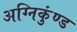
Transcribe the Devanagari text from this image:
अग्निकुंण्ड